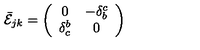
\bar { \cal E } _ { j k } = \left( \begin{array} { c c } { 0 } & { - \delta _ { b } ^ { c } } \\ { \delta _ { c } ^ { b } } & { 0 } \\ \end{array} \right)